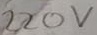
Text: 220V